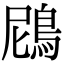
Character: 䲿